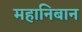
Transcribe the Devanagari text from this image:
महानिबान